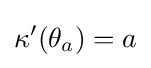
\kappa '(\theta _{a})=a